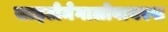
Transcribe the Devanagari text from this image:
साइटोमेगालोवायरस